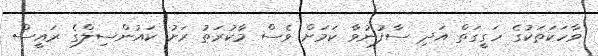
ވާހަކަތަކުގެ ހަގީގަތް އަދި ސާފުނުވާ ކަމަށް ވެސް މާކުރަތު ރަށު ކައުންސިލްގެ ރައީސް